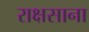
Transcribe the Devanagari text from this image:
राक्षसाना